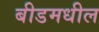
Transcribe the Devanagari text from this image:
बीडमधील